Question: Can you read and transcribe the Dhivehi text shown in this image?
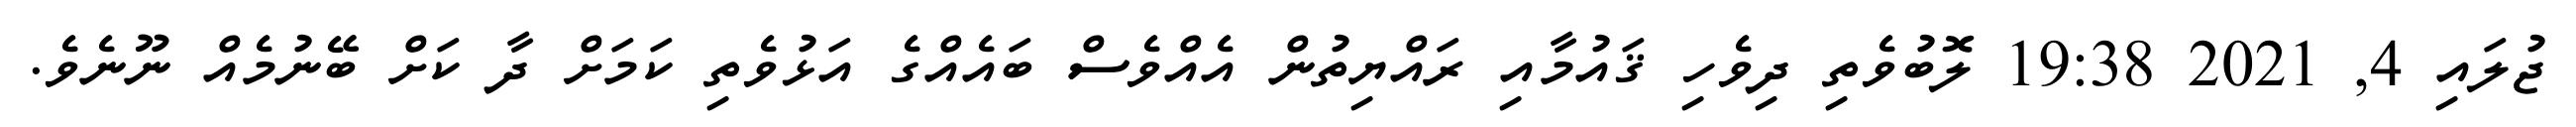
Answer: ޖުލައި 4, 2021 19:38 ލޮބުވެތި ދިވެހި ޤައުމާއި ރައްޔިތުން އެއްވެސް ބައެއްގެ އަޅުވެތި ކަމަށް ދާ ކަށް ބޭނުމެއް ނޫނެވެ.